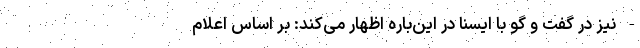
- نیز در گفت و گو با ایسنا در این‌باره اظهار می‌کند: بر اساس اعلام